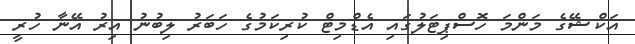
އަކްޝޭގެ މަންމަ ހޮސްޕިޓަލުގައި އެޑްމިޓް ކުރިކަމުގެ ހަބަރު ލިބުނު އިރު އޭނާ ހުރީ